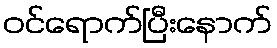
ဝင်ရောက်ပြီးနောက်